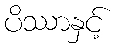
ပိဿာနှင့်